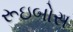
રૂઇબોસ